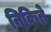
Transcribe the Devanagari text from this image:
निकिते